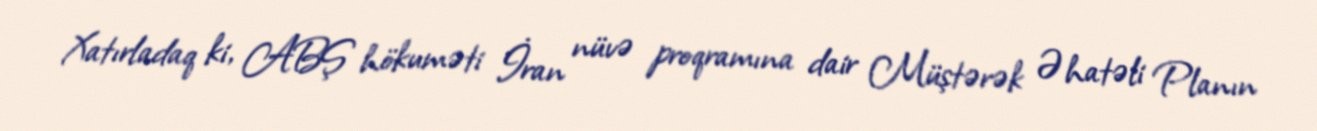
Xatırladaq ki, ABŞ hökuməti İran nüvə proqramına dair Müştərək Əhatəli Planın